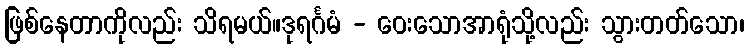
ဖြစ်နေတာကိုလည်း သိရမယ်။ဒုရင်္ဂမံ - ဝေးသောအာရုံသို့လည်း သွားတတ်သော၊